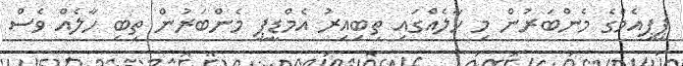
ޕީޕީއެމްގެ މެންބަރުން މި ހާލެއްގައި ތިބިއިރު އެމްޑީޕީ މެންބަރުން ތިބި ހާލެއް ވެސް